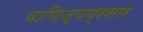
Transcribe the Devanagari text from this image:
वाणिज्यप्रसार